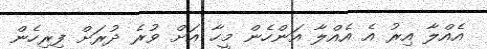
އެއްލާ އިރު އެ އެއްލާ އަންހެން މީހާ އަށް ވުރެ ދުރަށް ފިރިހެން